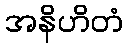
အနိဟိတံ